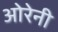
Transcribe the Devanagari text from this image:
ओरेनी